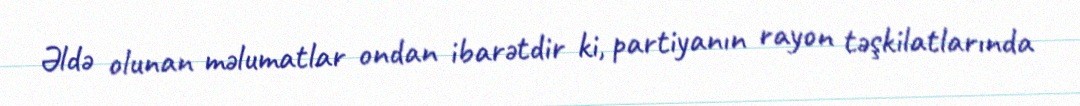
Əldə olunan məlumatlar ondan ibarətdir ki, partiyanın rayon təşkilatlarında